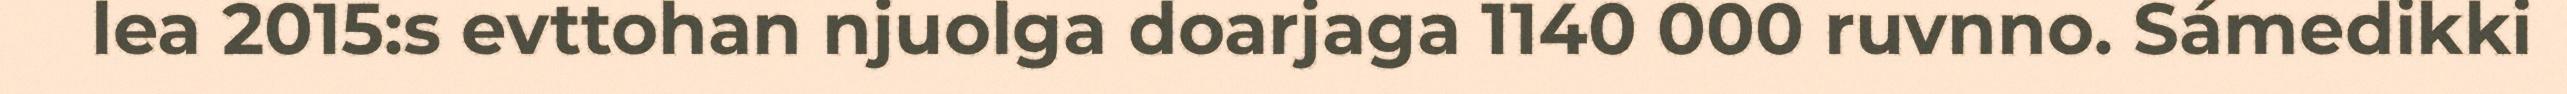
lea 2015:s evttohan njuolga doarjaga 1140 000 ruvnno. Sámedikki